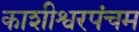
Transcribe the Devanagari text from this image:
काशीश्वरपंचम